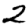
Digit: 2